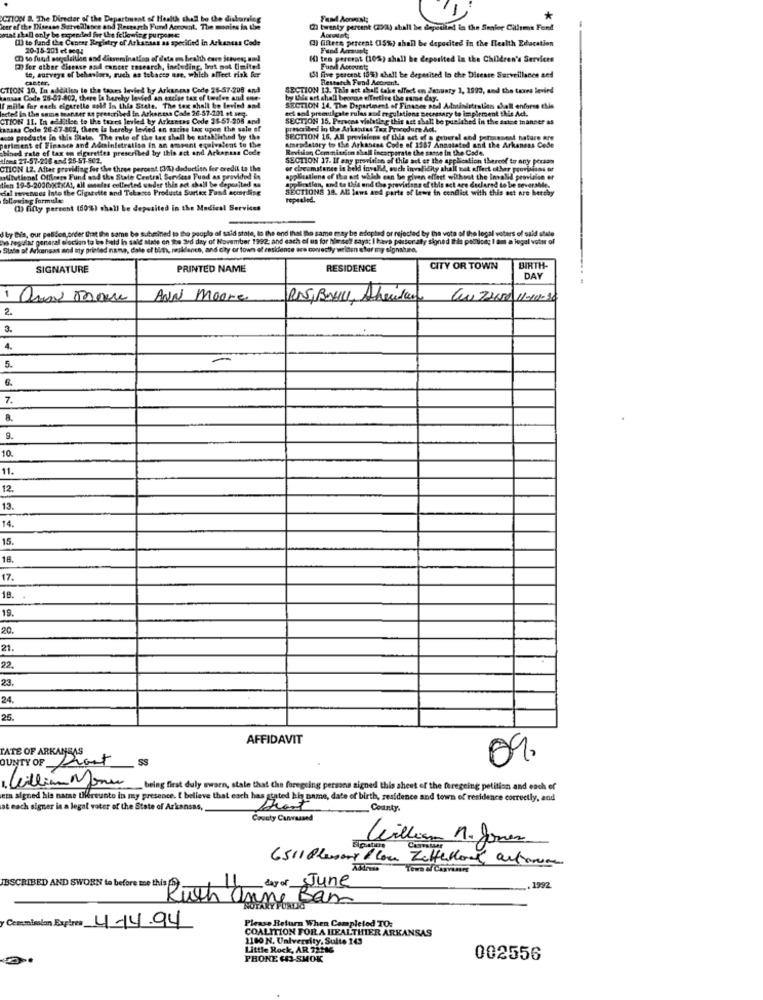
-
CTION B. The Direder of the Department of Health shall be the diskorileg
Fand Aovest;
ker of the Disessa Surveillance and Research Fund Account. The monies in the
Ul twenty percent (2000) shall be depended in the Senior Cillems Fund
wat skall only be expended for the following purpone
(1) to fand the Center Registry of Arkansas as specified in Arkansas Code
() filters pereent (15%) shall be deposited in the Health Edacation
20-15-201 et seq!
Fund Acruel;
() to fund nagysluiten and dissemination of data e health care Staves; and
H) ten porerat (10%) shall be deposited in the Children's Services
(3) Ser ether disease and cancer research, including, Irat not limited
te, surveys of behaviors, much as tobacco use, which affect risk for
Fund Accounts
caster,
154 five percent (5%) che !! be deposited to che Diseste Surveillance and
Restarch Fund Account.
CTION 10. In addition to the taxes lesled by Arkancss Code 25-57-208 and
SECTION 13. This act shall take effect on January 1, 1993, and the taxes levird
kansas Code 25-87-802, there Is harchy levied an excise tax of twden and one
by Lils ort shall beoocye effective the same day.
I mille for each cigarelle sold In this State. The tex shall be levind and
lected in the same tuanser as prescribed in Arkansas Cade 26-57-201 et seg.
SECTION 14. The Department of Finance and Administration shell enforce this
tel sal promulgate rules and regulations necessary to implement this Act.
CTION 11. In additise to the tures levied by Arkansas Code 38-57-208 and
SECTION 15. Persona vielatier this net shall be punished in the date manner as
tanans Code 26-87.802, there is hereby levied an sache tax upon the sale of
artcribed in the Arkanias Tax Procedure Ad.
was products in this State. The rate of the tax shall be established by the
SECTION 16, All provisions of this est of a general and permanent hature are
periment of Finasce and Administration in an omeant equivalent to the
shined fate of tax on cigarettes prescribed by this att and Arkansas Code
Amesdatory to the Arkansas Code of 1357 Annotated and the Arkansas Code
Revision Commission shell incorporate the saone in the Code.
tions 27-57-216 and 25-57-502.
SECTION 17. If any provision of this act er the application thereof to any person
CTION 12. After providing for the three percent (M) deduction fer credit to the
or cheumstance is beld invalid, ouch invalidity shall not affect other provisions of
ultutiens! Offrets Fund and the State Central Services Fuad as provided in
tien 19-5-2000)(2xAt, all mmeles collected under this act shall be deposited as
applications of the ast which can be given effect without the Invalid provision er
Biatlon, and to this and the provisions of this act are declared to be severalde.
cial revenues Into the Cigarette and Tabasco Products Surtax Fund according
SECTIONS 18. All lows and parte of Laws in conflict with this act are hereby
following formule
topealed.
(1) fifty percent (50%) shall be deposited in the Medical Services
d by Bis, our pelden order that the same be submined to the people of said state, to the end that the same may be adopted or rejected by the voto of the legal voters of said stade
Is regalar general election to be held in said stade on the 3rd day of November 1992: and each of us for himself says: I hava pastor aty signed Ihia poltion; I am a legal voter of
State of Arkansas and ity printed name, dale el bith, resklanes, and city or town of residence ara conectly weisen afor my signatura.
SIGNATURE
PRINTED NAME
RESIDENCE
CITY OR TOWN
BIRTH-
DAY
Add moore
RNS,BOHU, Sheridan Cow 72650 11-10-36
2.
3
4.
5.
7
8.
9.
10.
11.
12.
13.
4.
15.
16.
17.
18.
19.
20.
21
22.
23.
24.
25.
AFFIDAVIT
TATE OF ARKANSAS
OUNTY OF front
09.
1. Gilliam Mona being first duly sworn, state that the foregoing persons signed this sheet of the foregoing petition and each of
eta signed his name thereunto in my presence. I believe that each has stated his name, date of birth, residence and town of residence correctly, and
at each signer is a legat voter of the State of Arkansas,
County.
County Canvassed
William M. Jones
6511 Plusory / Con Zettellow autonome
Yewa of Canvases
day of June
IBSCRIBED AND SWORN to before me this (S)
1992
Bam
Ruth anniF
y Commission Expires 4.14.94
COALITION FOR A HEALTHIER ARKANSAS
Please Return When Completed TO:
1100 N. University, Sulte 143
Little Rock, AR 72146
PHONE 63-SMOK
002556